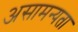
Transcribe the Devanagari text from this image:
असामन्यता